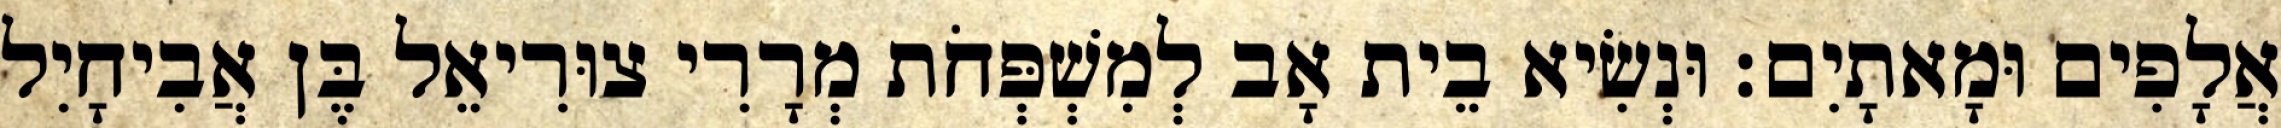
אֲלָפִים וּמָאתָיִם׃ וּנְשִׂיא בֵית אָב לְמִשְׁפְּחֹת מְרָרִי צוּרִיאֵל בֶּן אֲבִיחָיִל